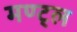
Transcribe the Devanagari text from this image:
मण्ट्ल